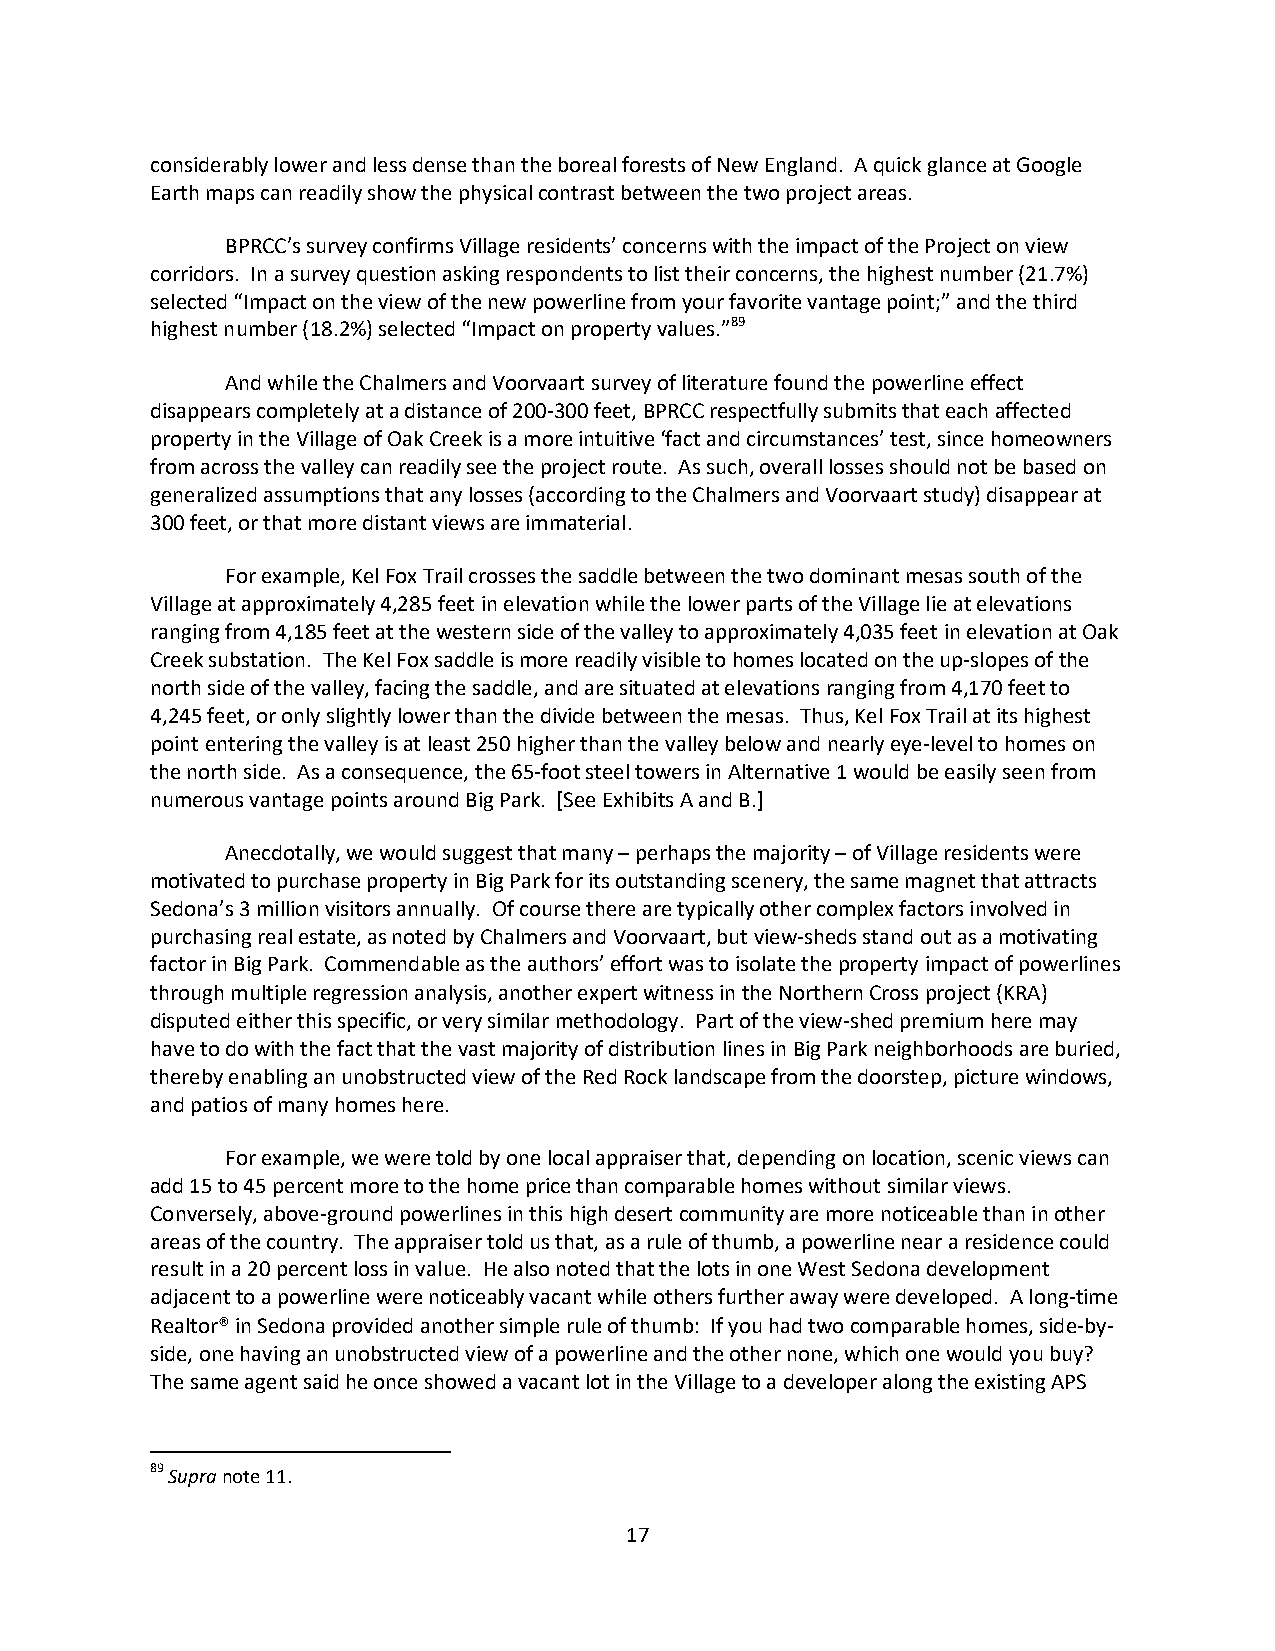
considerably lower and less dense than the boreal forests of New England. A quick glance at Google
 Earth maps can readily show the physical contrast between the two project areas.
 BPRCC’s survey confirms Village residents’ concerns with the impact of the Project on view
 corridors. In a survey question asking respondents to list their concerns, the highest number (21.7%)
 selected “Impact on the view of the new powerline from your favorite vantage point;” and the third
 highest number (18.2%) selected “Impact on property values.”89
 And while the Chalmers and Voorvaart survey of literature found the powerline effect
 disappears completely at a distance of 200-300 feet, BPRCC respectfully submits that each affected
 property in the Village of Oak Creek is a more intuitive ‘fact and circumstances’ test, since homeowners
 from across the valley can readily see the project route. As such, overall losses should not be based on
 generalized assumptions that any losses (according to the Chalmers and Voorvaart study) disappear at
 300 feet, or that more distant views are immaterial.
 For example, Kel Fox Trail crosses the saddle between the two dominant mesas south of the
 Village at approximately 4,285 feet in elevation while the lower parts of the Village lie at elevations
 ranging from 4,185 feet at the western side of the valley to approximately 4,035 feet in elevation at Oak
 Creek substation. The Kel Fox saddle is more readily visible to homes located on the up-slopes of the
 north side of the valley, facing the saddle, and are situated at elevations ranging from 4,170 feet to
 4,245 feet, or only slightly lower than the divide between the mesas. Thus, Kel Fox Trail at its highest
 point entering the valley is at least 250 higher than the valley below and nearly eye-level to homes on
 the north side. As a consequence, the 65-foot steel towers in Alternative 1 would be easily seen from
 numerous vantage points around Big Park. [See Exhibits A and B.]
 Anecdotally, we would suggest that many – perhaps the majority – of Village residents were
 motivated to purchase property in Big Park for its outstanding scenery, the same magnet that attracts
 Sedona’s 3 million visitors annually. Of course there are typically other complex factors involved in
 purchasing real estate, as noted by Chalmers and Voorvaart, but view-sheds stand out as a motivating
 factor in Big Park. Commendable as the authors’ effort was to isolate the property impact of powerlines
 through multiple regression analysis, another expert witness in the Northern Cross project (KRA)
 disputed either this specific, or very similar methodology. Part of the view-shed premium here may
 have to do with the fact that the vast majority of distribution lines in Big Park neighborhoods are buried,
 thereby enabling an unobstructed view of the Red Rock landscape from the doorstep, picture windows,
 and patios of many homes here.
 For example, we were told by one local appraiser that, depending on location, scenic views can
 add 15 to 45 percent more to the home price than comparable homes without similar views.
 Conversely, above-ground powerlines in this high desert community are more noticeable than in other
 areas of the country. The appraiser told us that, as a rule of thumb, a powerline near a residence could
 result in a 20 percent loss in value. He also noted that the lots in one West Sedona development
 adjacent to a powerline were noticeably vacant while others further away were developed. A long-time
 Realtor® in Sedona provided another simple rule of thumb: If you had two comparable homes, side-by-
 side, one having an unobstructed view of a powerline and the other none, which one would you buy?
 The same agent said he once showed a vacant lot in the Village to a developer along the existing APS
 89 Supra note 11.
 17